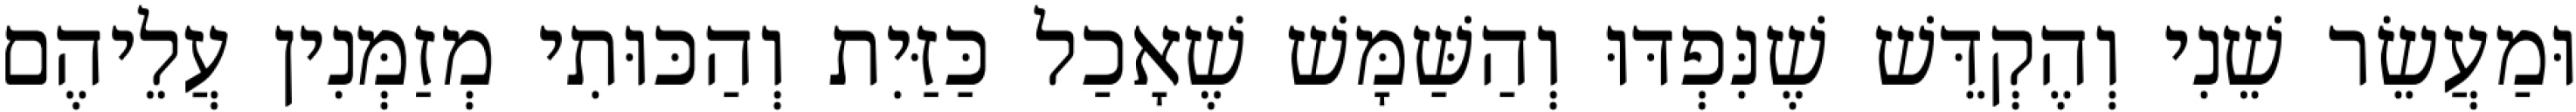
וּמַעֲשֵׂר שֵׁנִי וְהֶקְדֵּשׁ שֶׁנִּפְדּוּ וְהַשַּׁמָּשׁ שֶׁאָכַל כַּזַּיִת וְהַכּוּתִי מְזַמְּנִין עֲלֵיהֶם